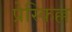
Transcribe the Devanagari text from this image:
प्रेस्किल्ल